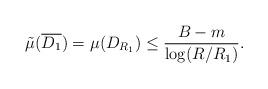
LaTeX: \begin{align*}\tilde{\mu}(\overline{D_1})= \mu(D_{R_1})\leq \frac{B-m}{\log(R/R_1)}.\end{align*}